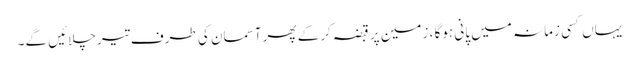
یہاں کسی زمانہ میں پانی ہوگا ، زمین پر قبضہ کرکے پھر آسمان کی طرف تیر چلائیں گے۔